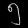
Digit: ၅